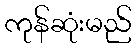
ကုန်ဆုံးမည်